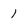
Character: 1